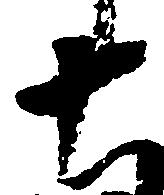
十